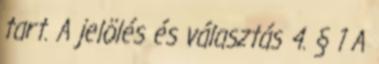
tart. A jelölés és választás 4. § 1 A